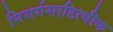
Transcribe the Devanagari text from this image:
निसर्गसाहित्यीक